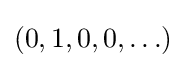
(0,1,0,0,\ldots )